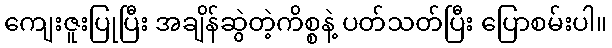
ကျေးဇူးပြုပြီး အချိန်ဆွဲတဲ့ကိစ္စနဲ့ ပတ်သတ်ပြီး ပြောစမ်းပါ။